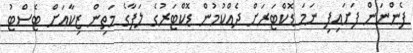
ފެންނަން ފަށައިފި ނަމަ ޑޮކްޓަރަށް ދެއްކުމުން ޑޮކްޓަރުގެ ލަފާގެ މަތިން ޒިކާއަށް ޓެސްޓު